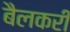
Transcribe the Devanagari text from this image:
बैलकरी